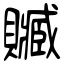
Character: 贓